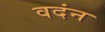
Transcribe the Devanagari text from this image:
वदंन